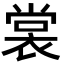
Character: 裳